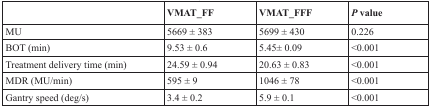
|  | VMAT_FF | VMAT_FFF | P value |
 | --- | --- | --- | --- |
 | MU | 5669 ± 383 | 5699 ± 430 | 0.226 |
 | BOT (min) | 9.53 ± 0.6 | 5.45± 0.09 | <0.001 |
 | Treatment delivery time (min) | 24.59 ± 0.94 | 20.63 ± 0.83 | <0.001 |
 | MDR (MU/min) | 595 ± 9 | 1046 ± 78 | <0.001 |
 | Gantry speed (deg/s) | 3.4 ± 0.2 | 5.9 ± 0.1 | <0.001 |